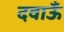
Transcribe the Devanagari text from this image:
दवाऊँ